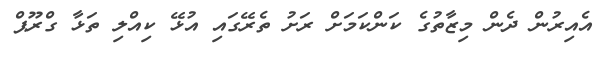
އެއިރުން ދެން މިޒާތުގެ ކަންކަމަށް ރަށު ތެރޭގައި އުޅޭ ކިއްލި ތަޅާ ގްރޫޕް